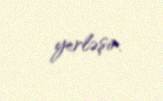
yerləşir.